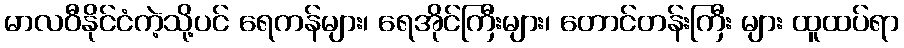
မာလဝီနိုင်ငံကဲ့သို့ပင် ရေကန်များ၊ ရေအိုင်ကြီးများ၊ တောင်တန်းကြီး များ ထူထပ်ရာ